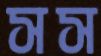
সস